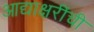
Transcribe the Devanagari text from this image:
आद्याक्षरींची